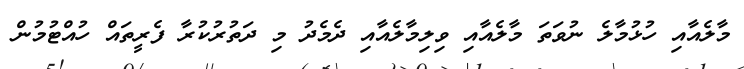
މާލެއާއި ހުޅުމާލެ ނުވަތަ މާލެއާއި ވިލިމާލެއާއި ދެމެދު މި ދަތުރުކުރާ ފެރީތައް ހުއްޓުމުން